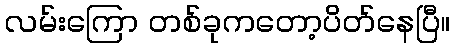
လမ်းကြော တစ်ခုကတော့ပိတ်နေပြီ။